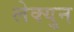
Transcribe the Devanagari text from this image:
लेक्युन